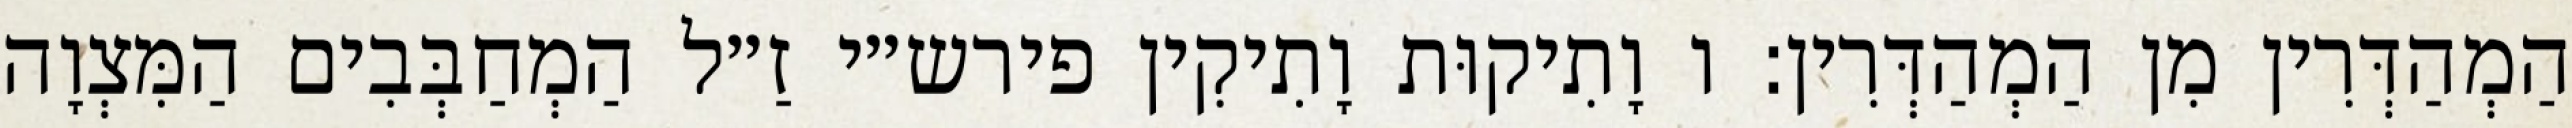
הַמְהַדְּרִין מִן הַמְהַדְּרִין: ו וָתִיקוּת וָתִיקִין פירש״י זַ״ל הַמְחַבְּבִים הַמִּצְוָה